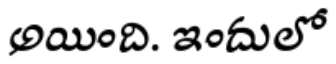
అయింది. ఇందులో